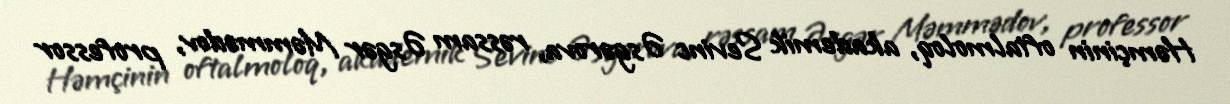
Həmçinin oftalmoloq, akademik Sevinc Əsgərova, rəssam Əsgər Məmmədov, professor